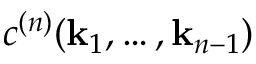
c ^ { ( n ) } ( \mathbf { k } _ { 1 } , \ldots , \mathbf { k } _ { n - 1 } )